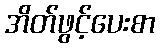
အိတ်ဖွင့်ပေးစာ